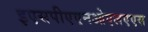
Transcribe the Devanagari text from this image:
इएसपीएएनओएलएएस